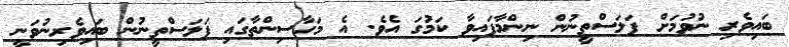
ބައިވެރި ނުވުމަށް ފަލަސްތީނުން ނިންމާފައިވާ ކަމުގަ އެވެ. އެ މަހާސިންތާގައި ފަލަސްތީނުން ބައިވެރިނުވަނީ